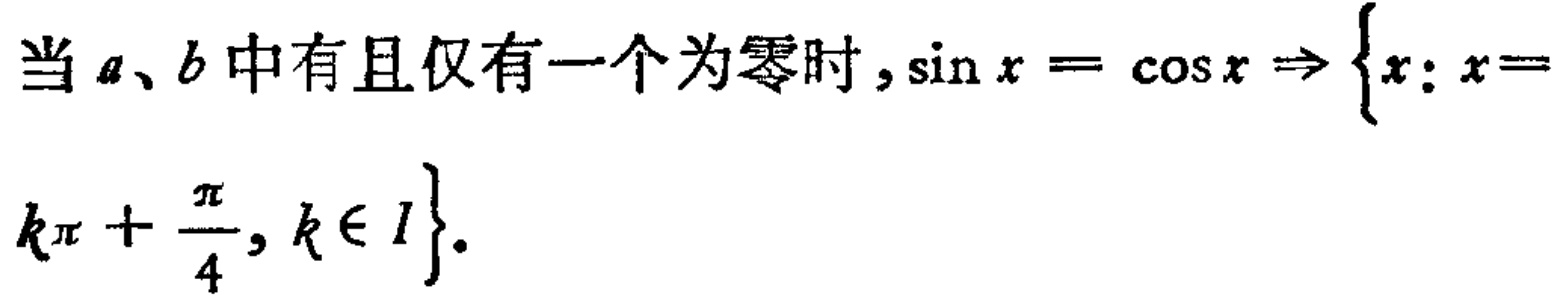
当\(a、b\)中有且仅有一个为零时，\(\sin x = \cos x \Rightarrow \{x: x = k\pi + \frac{\pi}{4}, k\in I\}\)。